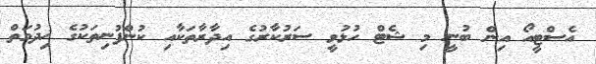
އެސްޓީއޯ އިން ބުނީ މި ޝެޓް ހުޅުވީ ސަރުކާރުގެ އިދާރާތަކާއި ކުންފުނިތަކުގެ ޚިދުމަތް